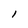
Character: 1